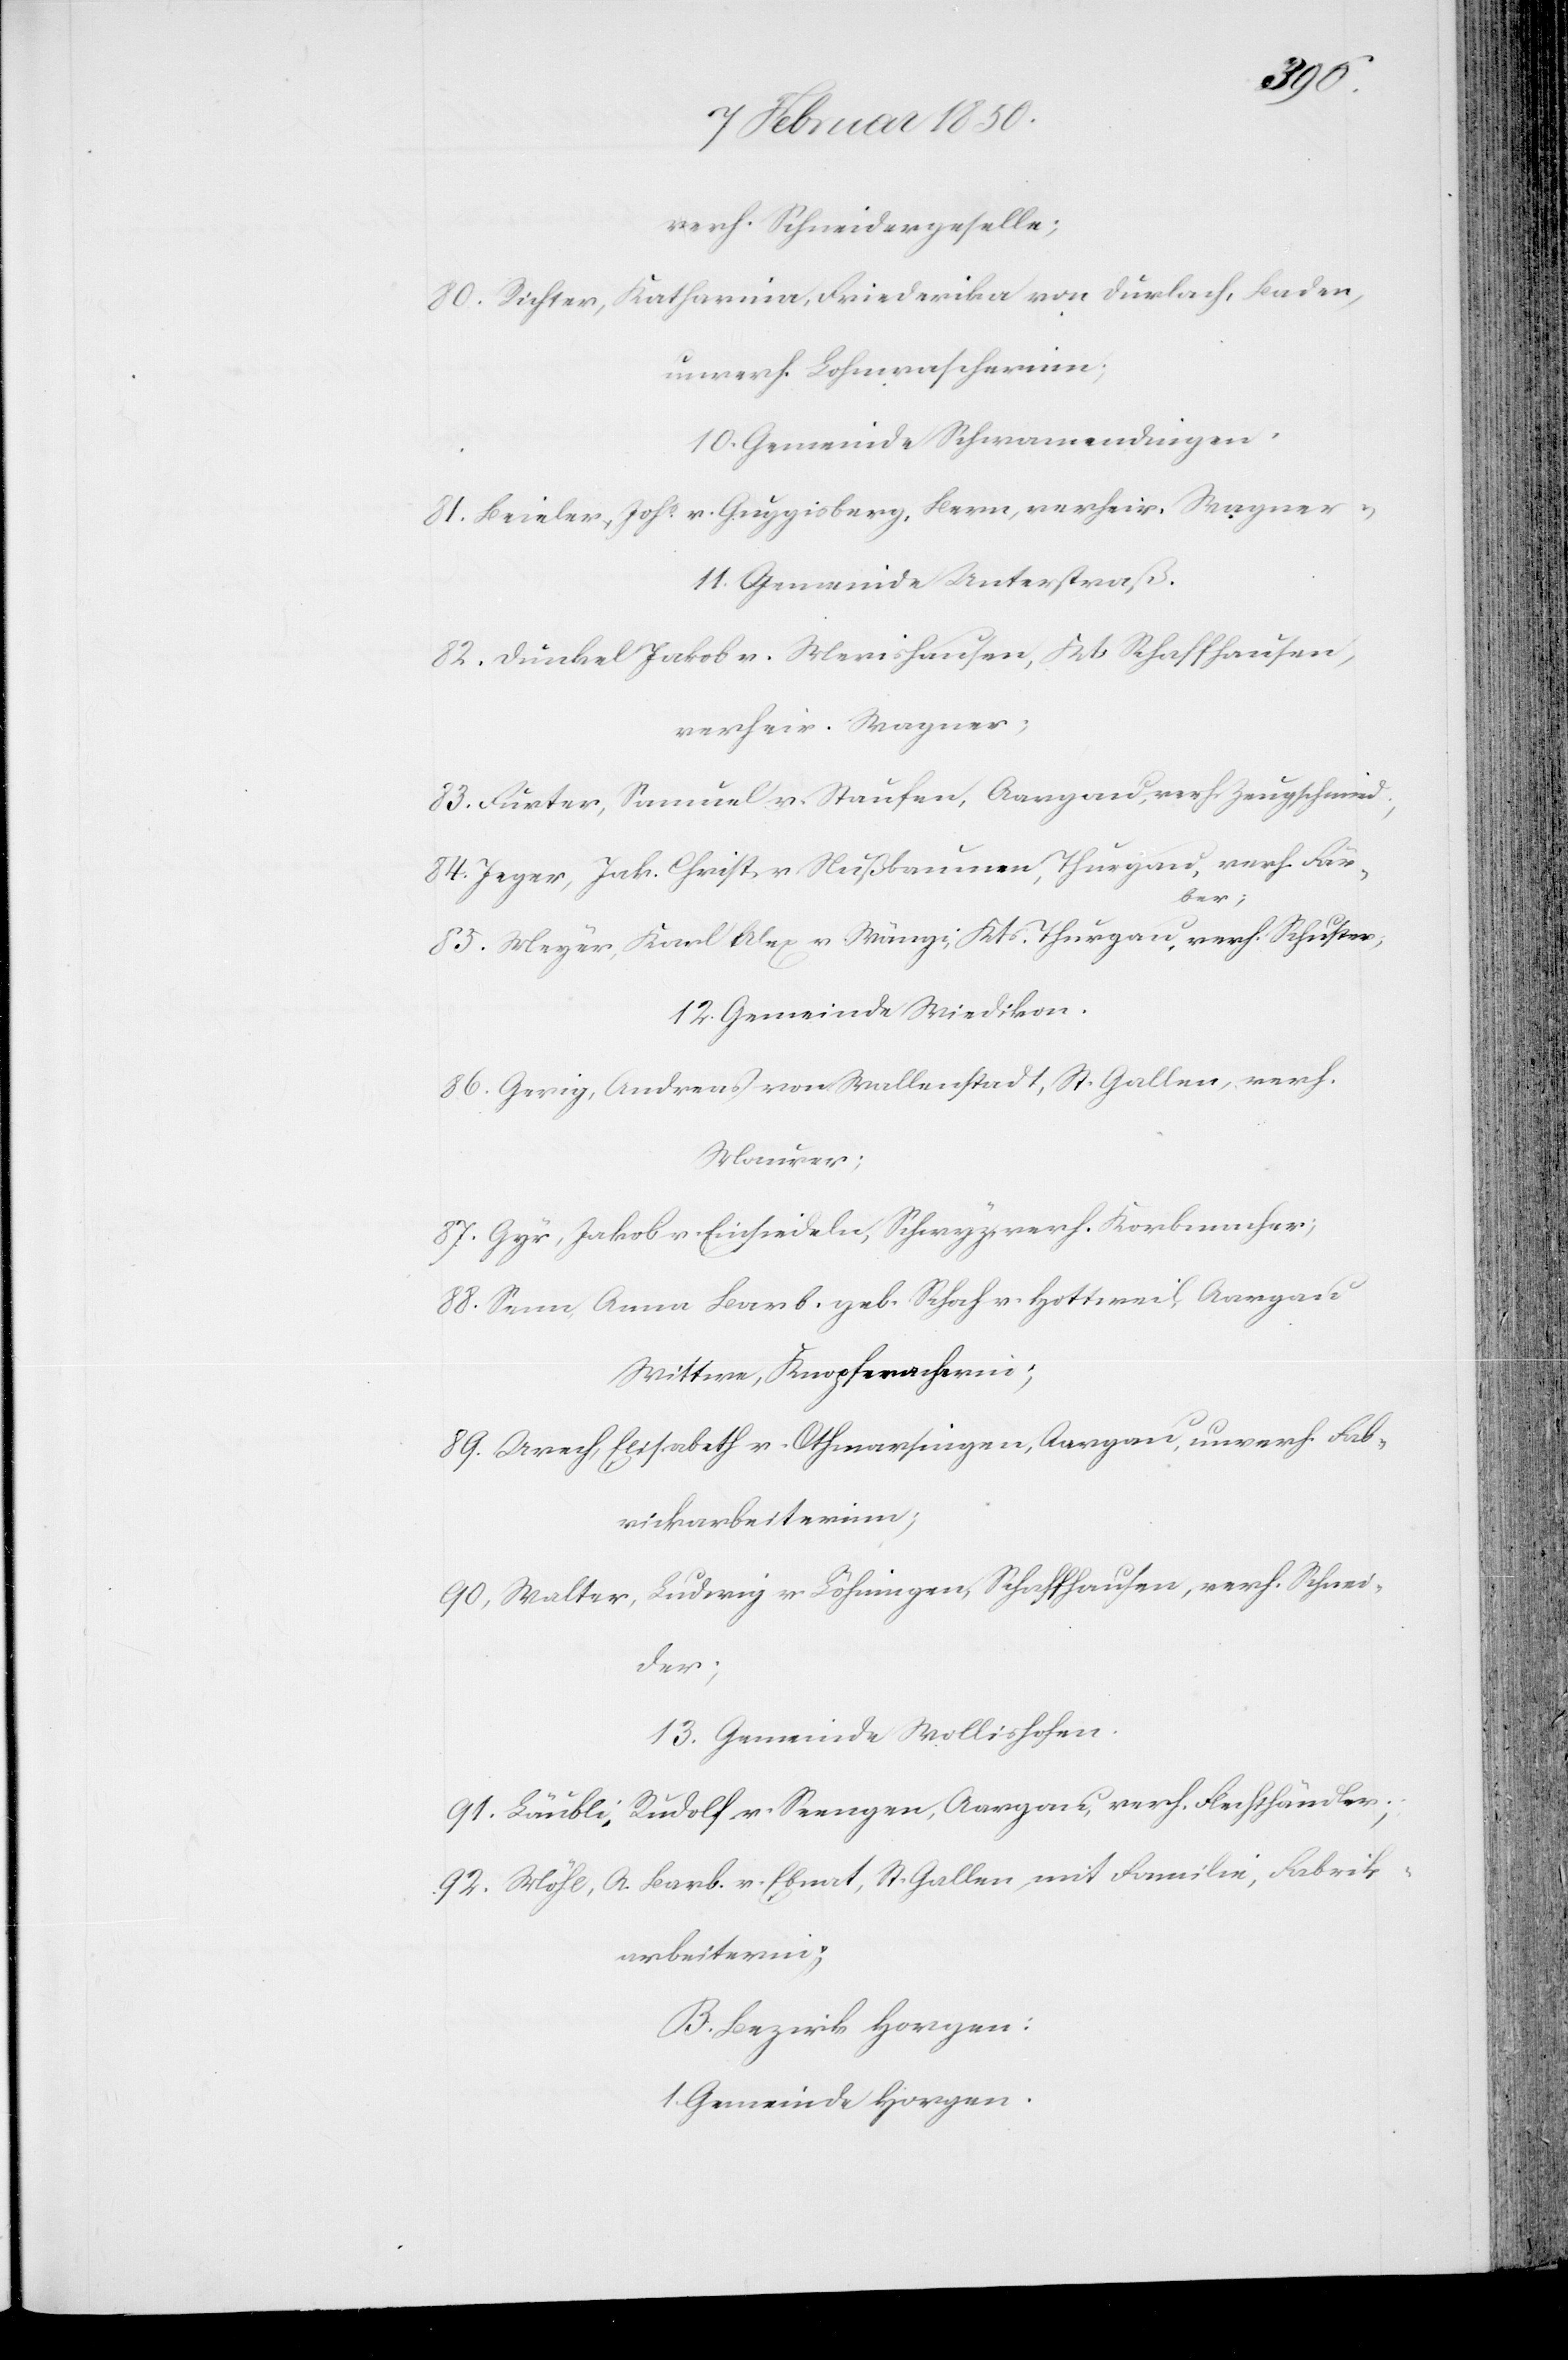
verh. Schneidergeselle;
80. Richter, Katharina, Friederika von Durlach, Baden,
unverh. Lohnwascherinn;
10. Gemeinde Schwamendingen.
81. Beieler, Johs v. Guggisberg, Bern, verheir. Wagner
11. Gemeinde Unterstraß.
82. Dünkel Jakob v. Merishausen, Kts Schaffhausen,
verheir. Wagner;
83. Fürter, Samuel v. Staufen, Aargau, verh. Zeugschmied;
84. Jeger, Jak. Christ v. Nußbaumen, Thurgau, verh. Fär¬
ber;
85. Meyer, Karl Alex v. Wängi, Kts Thurgau, verh. Schuster,
12. Gemeinde Wiedikon.
86. Gerig, Andreas von Wallenstadt, St. Gallen, verh.
Maurer;
87. Gyr, Jakob v. Einsiedeln, Schwyz, verh. Korbmacher;
88. Senn, Anna Barb. geb. Schoch v. Hottweil, Aargau
Wittwe, Knopfmacherin;
89. Urech, Elisabeth v. Othmarsingen, Aargau, unverh. Fab¬
rickarbeiterinn;
90, Walter, Ludwig v. Löhningen, Schaffhausen, verh. Schnei¬
der;
13. Gemeinde Wollishofen.
91. Läubli, Rudolf v. Seengen, Aargau, verh. Flechthändler;
92. Möhl, A. Barb. v. Ebnat, St. Gallen, mit Familie, Fabrik¬
arbeiterinn;
B. Bezirk Horgen:
1. Gemeinde Horgen.